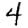
Digit: 4